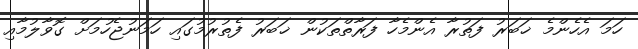
ހަމަ އެހެންމެ ޚަބަރު ފަތުރާ އެންމެހާ ފަރާތްތަކުން ޚަބަރު ފެތުރުމުގައި ހަމަނުޖެހުމަށް ގޮވާލުމާއި